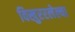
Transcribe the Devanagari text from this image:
विखुररलेल्या